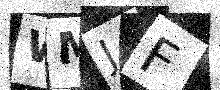
Text: WMJF